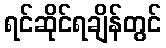
ရင်ဆိုင်ရချိန်တွင်